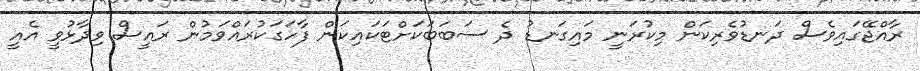
ރާއްޖޭގައިވެސް ދަނޑުވެރިކަން މިކުރަނީ މައިގަނޑު ދެ ސަބަބަކަށްޓަކައިކަން ފާހަގަކުރައްވަމުން ރައީސް ވިދާޅުވީ އެއީ